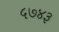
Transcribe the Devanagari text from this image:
५७४३